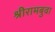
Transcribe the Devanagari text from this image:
श्रीरामबुवा